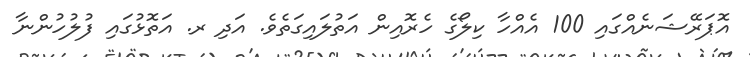
އޮޕަރޭޝަނެއްގައި 100 އެއްހާ ކިލޯގެ ހެރޮއިން އަތުލައިގަތެވެ. އަދި ރ. އަތޮޅުގައި ފުލުހުންނާ